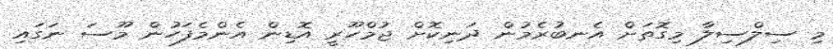
މި ސިލްސިލާ މިގޮތަށް އެނބުރެމުން ދަނިކޮށް ޖުމްހޫރީ އޮޑިން އެންމެފަހުން މޫސަ ނަގައި